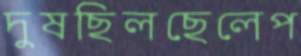
দুষছিলছেলেপ